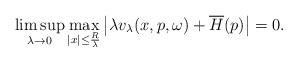
LaTeX: \begin{align*}\limsup_{\lambda\to 0}\max_{|x|\leq {R\over \lambda}}\left|\lambda v_{\lambda}(x, p, \omega)+\overline H(p)\right|=0.\end{align*}